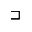
\sqsupset